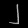
Digit: ၂